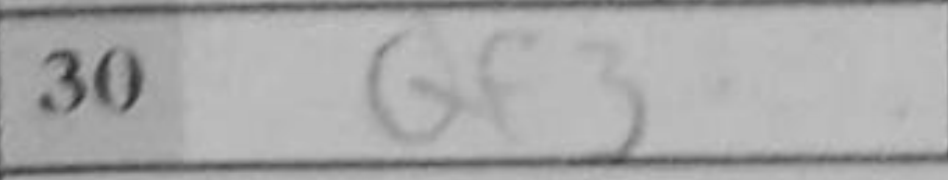
Transcription: Qf3